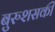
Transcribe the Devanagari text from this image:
बुरुशसकी